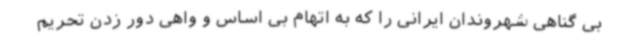
بی گناهی شهروندان ایرانی را که به اتهام بی اساس و واهی دور زدن تحریم